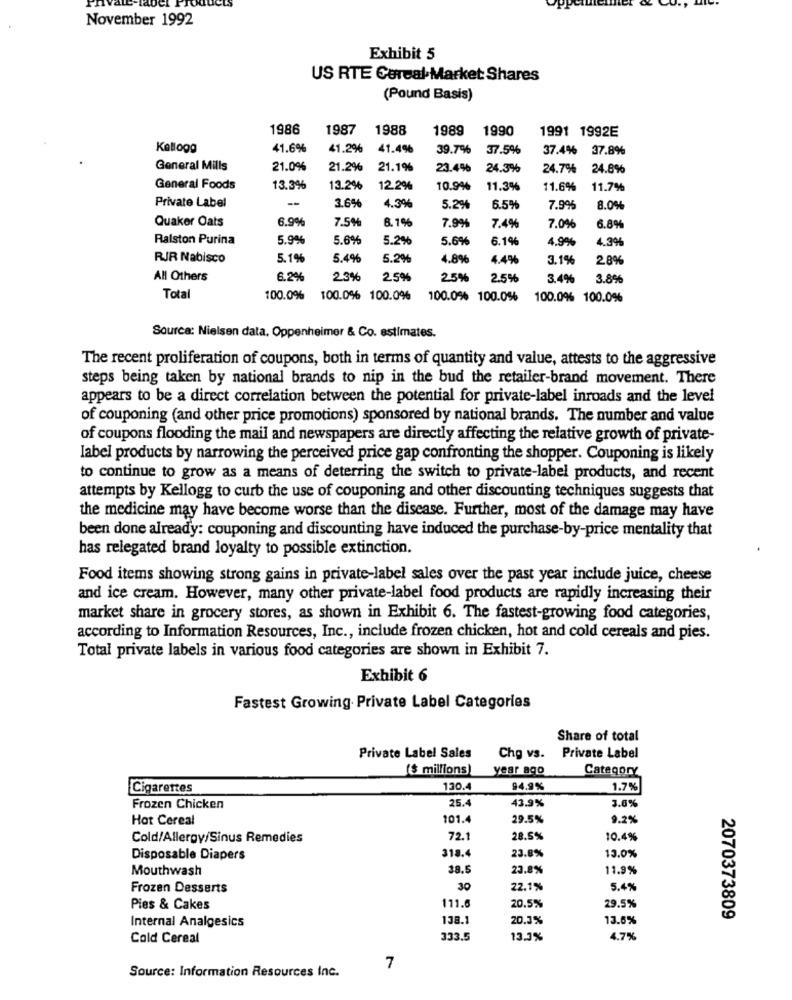
November 1992
Exhibit 5
US RTE Cereal Market Shares
(Pound Basis)
1986
1987
1988
1989
1990
1991 1992E
Kellogg
41.6%
41.2%
41.4%
39.7%
37.5%
37.4% 37.8%
General Mills
21.0%
21.2%
21.1%
23.4%
24.3%
24.7%
24.8%
General Foods
13.3%
13.2%
12.2%
10.9%
11.3%
11.6%
11.7%
--
3.6%
Private Label
4.3%
5.2%
6.5%
7.9%
8.0%
Quaker Oats
6.9%
7.5%
8.1%
7.9%
7.4%
7.0%
6.8%
Ralston Purina
5.9%
5.6%
5.2%
5.6%
6.1%
4.9%
4.3%
RIR Nabisco
5.1%
5.4%
5.2%
4.8%
4.4%
3.1%
28%
All Others
6.2%
2.3%
2,5%
2.5%
2.5%
3.4%
3.8%
Total
100.0%
100.0% 100.0%
100.0% 100.0%
100.0% 100.0%
Source: Nielsen data, Oppenheimer & Co. estimates.
The recent proliferation of coupons, both in terms of quantity and value, attests to the aggressive
steps being taken by national brands to nip in the bud the retailer-brand movement. There
appears to be a direct correlation between the potential for private-label inroads and the level
of couponing (and other price promotions) sponsored by national brands. The number and value
of coupons flooding the mail and newspapers are directly affecting the relative growth of private-
label products by narrowing the perceived price gap confronting the shopper. Couponing is likely
to continue to grow as a means of deterring the switch to private-label products, and recent
attempts by Kellogg to curb the use of couponing and other discounting techniques suggests that
the medicine may have become worse than the disease. Further, most of the damage may have
been done already: couponing and discounting have induced the purchase-by-price mentality that
has relegated brand loyalty to possible extinction.
Food items showing strong gains in private-label sales over the past year include juice, cheese
and ice cream. However, many other private-label food products are rapidly increasing their
market share in grocery stores, as shown in Exhibit 6. The fastest-growing food categories,
according to Information Resources, Inc ., include frozen chicken, hot and cold cereals and pies.
Total private labels in various food categories are shown in Exhibit 7.
Exhibit 6
Fastest Growing. Private Label Categories
Share of total
Private Label Sales
Chg vs.
Private Label
($ millions)
year ago
Category
Cigarettes
130.4
94.9%
1.7%
25.4
Frozen Chicken
43.9%
3.0%
Hot Cereal
101.4
29.5%
9.2%
Cold/Allergy/Sinus Remedies
72.1
28.5%
10.4%
318.4
Disposable Diapers
23.8%
13.0%
Mouthwash
38.5
23.8%
11.9%
Frozen Desserts
30
22.1%
5.4%
29.5%
Pies & Cakes
111.6
20.5%
Internal Analgesics
138.1
20.3%
13.6%
2070373809
Cold Cereal
333.5
13.3%
4.7%
7
Source: Information Resources Inc.